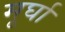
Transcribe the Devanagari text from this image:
मूर्घा